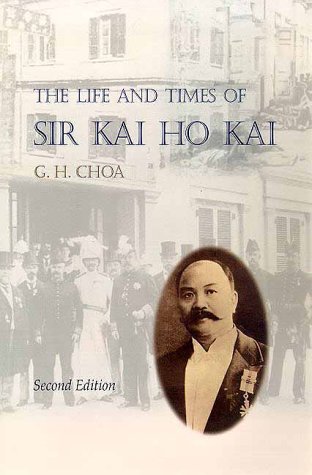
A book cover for The Life and Times of Sir Kai Ho Kai; G. H. Choa; History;